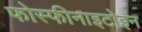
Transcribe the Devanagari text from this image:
फोस्फीनाइटोइन